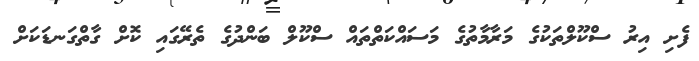
ފެށި އިރު ސްކޫލްތަކުގެ މަރާމާތުގެ މަސައްކަތްތައް ސްކޫލް ބަންދުގެ ތެރޭގައި ކޮށް ގާތްގަނޑަކަށް